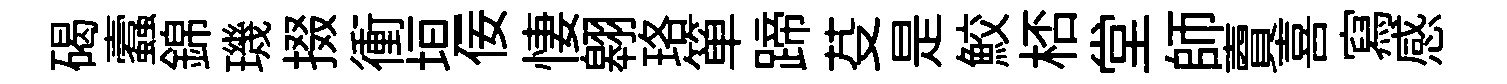
碣蠧錦璣掇衝垣佞悽翱珞箪蹄芟是鮫桮堂師𧶠喜寫感